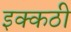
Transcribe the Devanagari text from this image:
इक्कठी